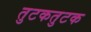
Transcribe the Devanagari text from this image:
तुटकतुटक